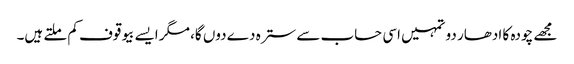
مجھے چودہ کا ادھار دو تمہیں اسی حساب سے سترہ دے دوں گا، مگر ایسے بیوقوف کم ملتے ہیں۔